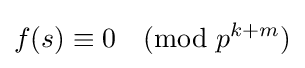
f(s)\equiv 0{\pmod {p^{k+m}}}